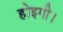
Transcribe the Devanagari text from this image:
होइगी।